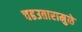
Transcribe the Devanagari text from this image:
चढउतारामुळे